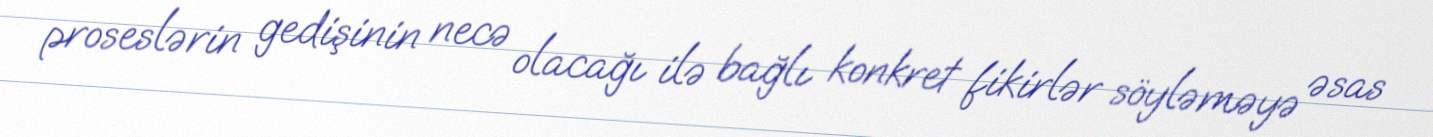
proseslərin gedişinin necə olacağı ilə bağlı konkret fikirlər söyləməyə əsas